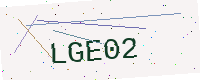
Text: LGE02